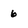
Character: 6